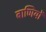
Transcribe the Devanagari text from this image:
बाणियों